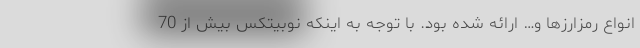
انواع رمزارزها و… ارائه شده بود. با توجه به اینکه نوبیتکس بیش از 70